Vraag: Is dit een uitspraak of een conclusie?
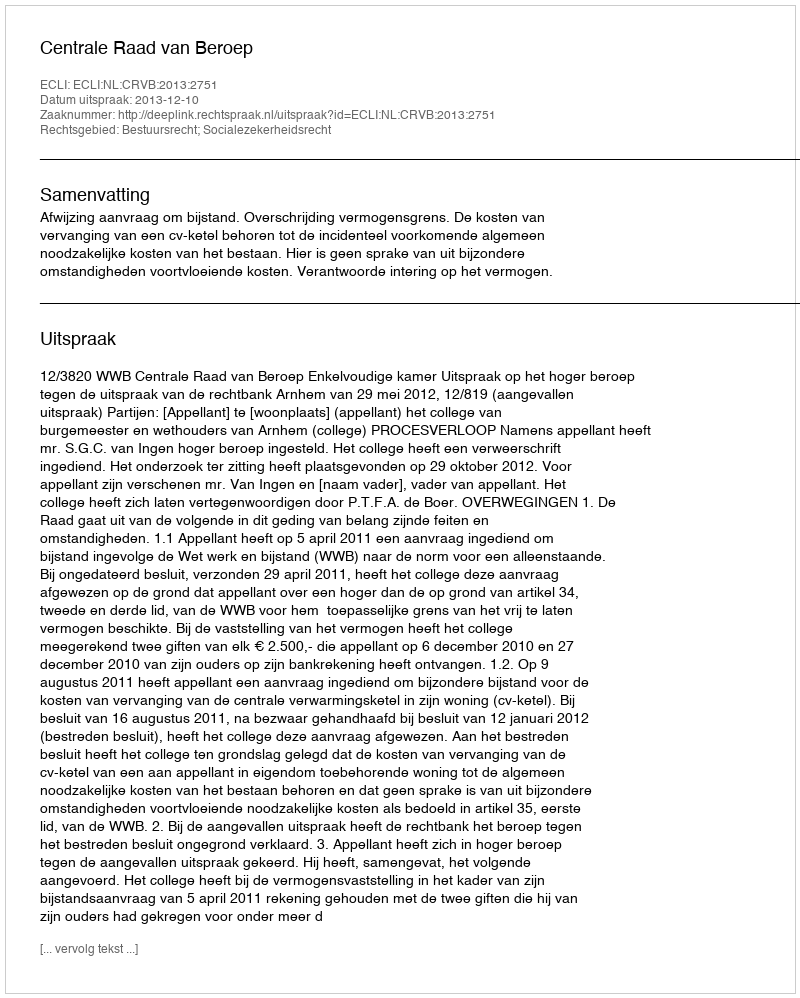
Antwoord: Uitspraak